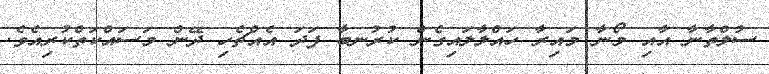
ސުލްތާނާ އާއި މޯނާ މައިރާ ހައްލާލައިގެން ކުރުނބާ ފަދަ އެއްޗެހި ދޭން މަސައްކަތްކުރިއެވެ.